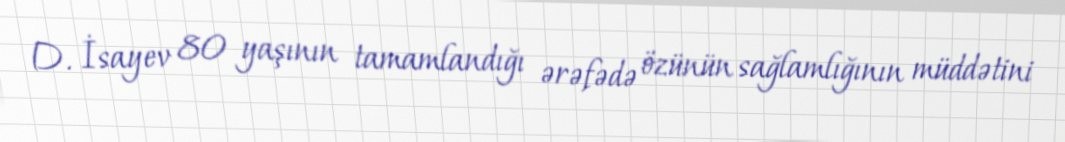
D. İsayev 80 yaşının tamamlandığı ərəfədə özünün sağlamlığının müddətini